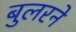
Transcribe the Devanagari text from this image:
बुलरने